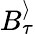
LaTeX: B_{\tau}^{\rangle}